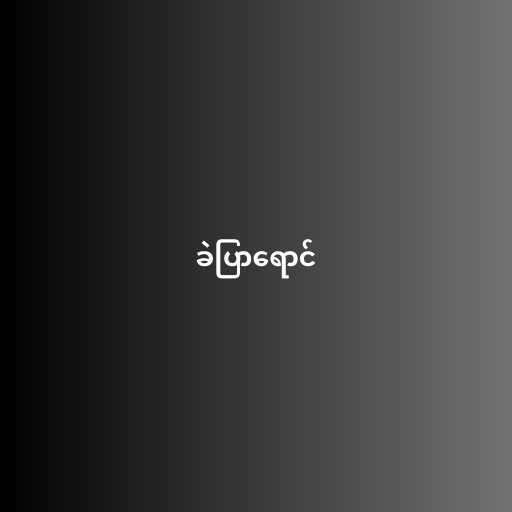
ခဲပြာရောင်